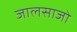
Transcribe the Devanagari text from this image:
जालसाजो